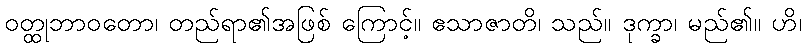
ဝတ္ထုဘာဝတော၊ တည်ရာ၏အဖြစ် ကြောင့်။ ဧသာဇာတိ၊ သည်။ ဒုက္ခာ၊ မည်၏။ ဟိ၊